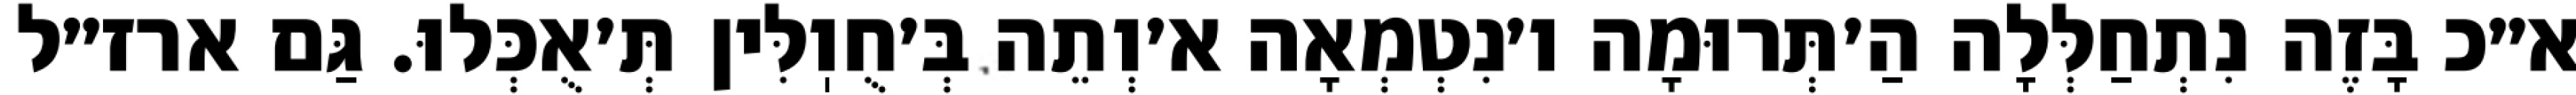
א״כ בָּזֶה נִתְחַלְּלָה הַ׳תְּרוּמָה ו׳נִטְמְאָה א׳וְתֵה בְּ׳חֻוֽלִּין תְּ׳אֻכְּלוּ. גַּם ארז״ל